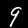
Label: 9